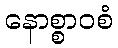
နောစ္စာဝစံ